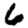
Digit: 6